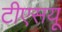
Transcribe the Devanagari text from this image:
टीएसयू